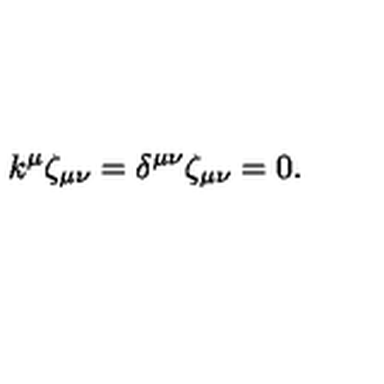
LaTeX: k ^ { \mu } \zeta _ { \mu \nu } = \delta ^ { \mu \nu } \zeta _ { \mu \nu } = 0 .